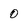
Character: O